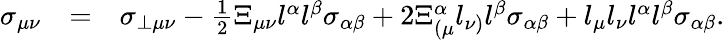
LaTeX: \begin{array}{rlr}{\sigma_{\mu\nu}}&{=}&{\sigma_{\perp\mu\nu}-\frac{1}{2}\Xi_{\mu\nu}l^{\alpha}l^{\beta}\sigma_{\alpha\beta}+2\Xi_{(\mu}^{\alpha}l_{\nu)}l^{\beta}\sigma_{\alpha\beta}+l_{\mu}l_{\nu}l^{\alpha}l^{\beta}\sigma_{\alpha\beta}.}\end{array}